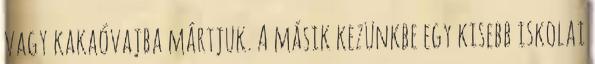
vagy kakaóvajba mártjuk. A másik kezünkbe egy kisebb iskolai